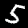
Label: 5